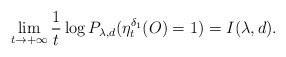
\begin{align*}\lim_{t\rightarrow+\infty}\frac{1}{t}\log P_{\lambda,d}(\eta^{\delta_1}_t(O)=1)=I(\lambda,d).\end{align*}